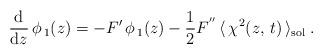
LaTeX: \begin{align*}\frac{{\rm d}}{{\rm d} z}\, \phi_{\,1} (z) = -F^{\prime}\,\phi_{\,1} (z) -{1 \over 2} F^{''} \,\langle\,\chi^2(z,\, t)\, \rangle_{\rm sol}\;.\end{align*}